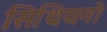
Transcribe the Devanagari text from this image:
सिथियनो